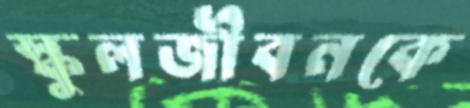
স্কুলজীবনকে